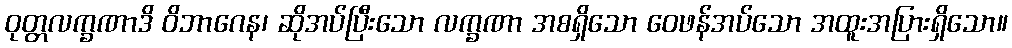
ဝုတ္တလက္ခဏာဒိ ဝိဘာဂေန၊ ဆိုအပ်ပြီးသော လက္ခဏာ အစရှိသော ဝေဖန်အပ်သော အထူးအပြားရှိသော။